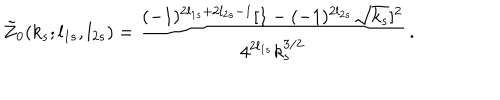
\tilde { Z } _ { 0 } ( k _ { s } ; l _ { 1 s } , l _ { 2 s } ) = \frac { ( - 1 ) ^ { 2 l _ { 1 s } + 2 l _ { 2 s } - 1 } [ 1 - ( - 1 ) ^ { 2 l _ { 2 s } } \sqrt { k _ { s } } ] ^ { 2 } } { 4 ^ { 2 l _ { 1 s } } k _ { s } ^ { 3 / 2 } } \, .